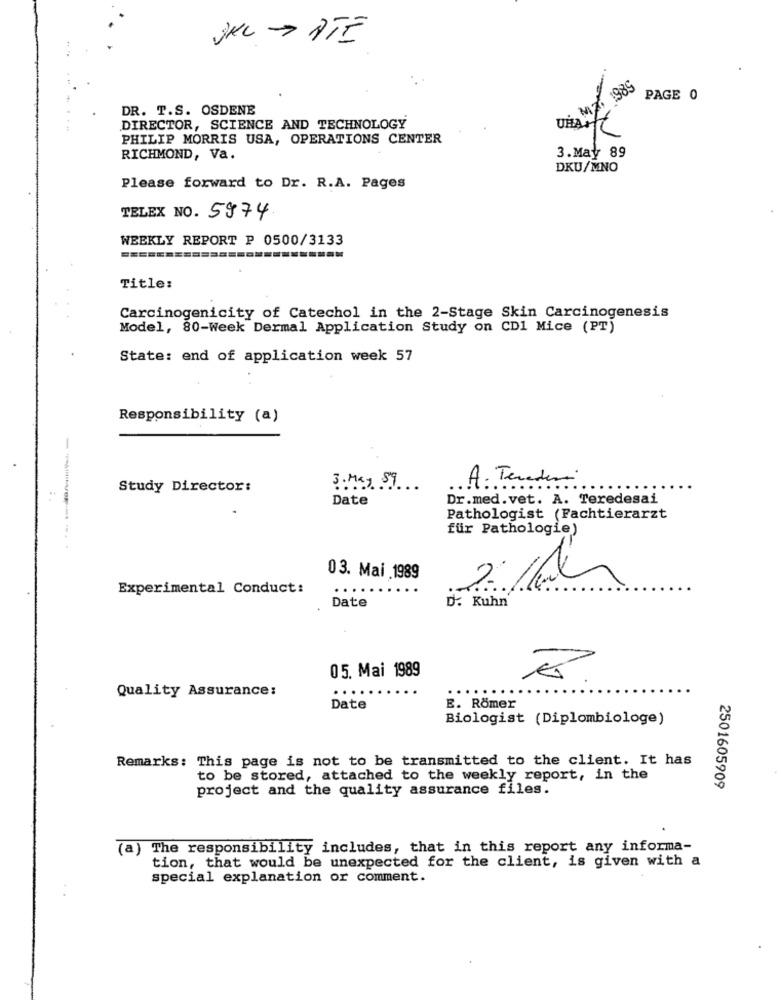
SKL > ATÉ
1989
PAGE 0
DR. T.S. OSDENE
MZ
DIRECTOR, SCIENCE AND TECHNOLOGY
PHILIP MORRIS USA, OPERATIONS CENTER
3.May 89
RICHMOND, Va.
DKU/MNO
Please forward to Dr. R.A. Pages
TELEX NO. 5974
WEEKLY REPORT P 0500/3133
Title:
Carcinogenicity of Catechol in the 2-Stage Skin Carcinogenesis
Model, 80-Week Dermal Application Study on CD1 Mice (PT)
State: end of application week 57
Responsibility (a)
. Teredesi
Study Director:
3. May 89
.. .......
Date
Dr.med.vet. A. Teredesai
Pathologist (Fachtierarzt
für Pathologie)
--------
03. Mai 1989
Experimental Conduct:
..
Date
D. Kuhn
05. Mai 1989
Quality Assurance:
Date
E. Römer
Biologist (Diplombiologe)
Remarks: This page is not to be transmitted to the client. It has
to be stored, attached to the weekly report, in the
project and the quality assurance files.
2501605909
(a) The responsibility includes, that in this report any informa-
tion, that would be unexpected for the client, is given with a
special explanation or comment.